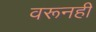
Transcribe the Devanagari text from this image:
वरूनही